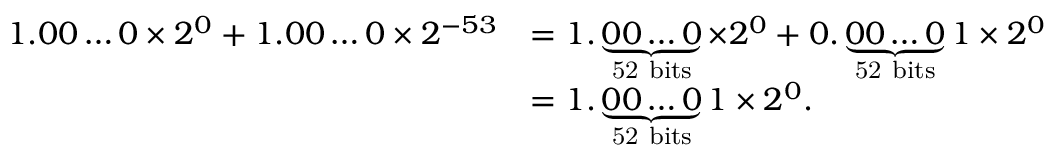
{ \begin{array} { r l } { 1 . 0 0 \ldots 0 \times 2 ^ { 0 } + 1 . 0 0 \ldots 0 \times 2 ^ { - 5 3 } } & { = 1 . \underbrace { 0 0 \ldots 0 } _ { \mathrm { 5 2 ~ b i t s } } \times 2 ^ { 0 } + 0 . \underbrace { 0 0 \ldots 0 } _ { \mathrm { 5 2 ~ b i t s } } 1 \times 2 ^ { 0 } } \\ & { = 1 . \underbrace { 0 0 \ldots 0 } _ { \mathrm { 5 2 ~ b i t s } } 1 \times 2 ^ { 0 } . } \end{array} }